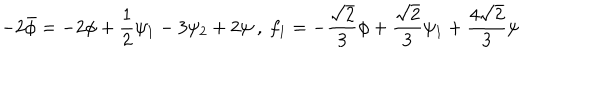
- 2 \bar { \phi } = - 2 \phi + \frac { 1 } { 2 } \psi _ { 1 } - 3 \psi _ { 2 } + 2 \psi \ , \ f _ { 1 } = - \frac { \sqrt { 2 } } { 3 } \phi + \frac { \sqrt { 2 } } { 3 } \psi _ { 1 } + \frac { 4 \sqrt { 2 } } { 3 } \psi